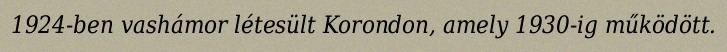
1924-ben vashámor létesült Korondon, amely 1930-ig működött.